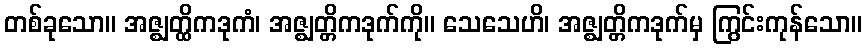
တစ်ခုသော။ အဇ္ဈတ္ထိကဒုကံ၊ အဇ္ဈတ္တိကဒုက်ကို။ သေသေဟိ၊ အဇ္ဈတ္တိကဒုက်မှ ကြွင်းကုန်သော။